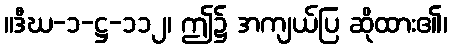
။ဒီဃ-၁-ဋ္ဌ-၁၁၂၊ ဤ၌ အကျယ်ပြ ဆိုထား၏၊